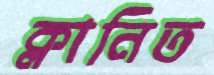
ক্লানিত